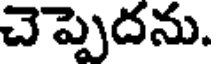
చెప్పెదను.